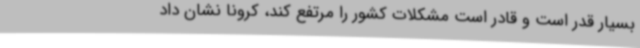
بسیار قدر است و قادر است مشکلات کشور را مرتفع کند، کرونا نشان داد